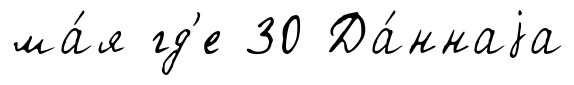
ма́я гд'е 30 Да́ннаjа